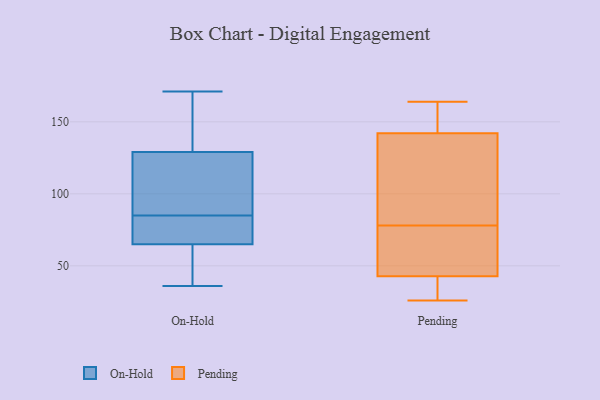
{"axis": {"x": "Demand Index", "y": "Value"}, "legend": ["On-Hold", "Pending"], "data": [{"x": "", "y": 85, "type": "On-Hold"}, {"x": "", "y": 75, "type": "On-Hold"}, {"x": "", "y": 56, "type": "On-Hold"}, {"x": "", "y": 69, "type": "On-Hold"}, {"x": "", "y": 108, "type": "On-Hold"}, {"x": "", "y": 82, "type": "On-Hold"}, {"x": "", "y": 108, "type": "On-Hold"}, {"x": "", "y": 171, "type": "On-Hold"}, {"x": "", "y": 68, "type": "On-Hold"}, {"x": "", "y": 135, "type": "On-Hold"}, {"x": "", "y": 155, "type": "On-Hold"}, {"x": "", "y": 38, "type": "On-Hold"}, {"x": "", "y": 36, "type": "On-Hold"}, {"x": "", "y": 127, "type": "On-Hold"}, {"x": "", "y": 53, "type": "On-Hold"}, {"x": "", "y": 127, "type": "On-Hold"}, {"x": "", "y": 140, "type": "On-Hold"}, {"x": "", "y": 30, "type": "Pending"}, {"x": "", "y": 54, "type": "Pending"}, {"x": "", "y": 164, "type": "Pending"}, {"x": "", "y": 39, "type": "Pending"}, {"x": "", "y": 151, "type": "Pending"}, {"x": "", "y": 60, "type": "Pending"}, {"x": "", "y": 93, "type": "Pending"}, {"x": "", "y": 78, "type": "Pending"}, {"x": "", "y": 62, "type": "Pending"}, {"x": "", "y": 82, "type": "Pending"}, {"x": "", "y": 163, "type": "Pending"}, {"x": "", "y": 26, "type": "Pending"}, {"x": "", "y": 121, "type": "Pending"}, {"x": "", "y": 149, "type": "Pending"}, {"x": "", "y": 36, "type": "Pending"}]}